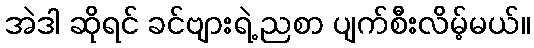
အဲဒါ ဆိုရင် ခင်ဗျားရဲ့ ညစာ ပျက်စီးလိမ့်မယ်။